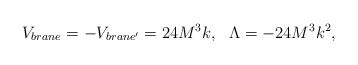
\begin{align*}V_{brane} = - V_{brane'} = 24 M^3 k, ~~ \Lambda = - 24 M^3 k^2,\end{align*}